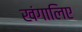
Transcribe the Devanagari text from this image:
खंगालिए